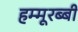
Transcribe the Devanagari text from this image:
हम्मूरब्बी